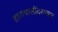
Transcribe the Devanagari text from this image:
हालचालींदरम्यान